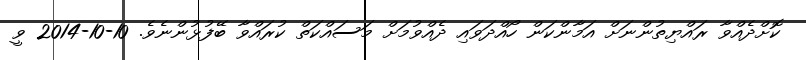
ކޮށްދެއްވާ ރައްޔިތުންނަށް އަމާންކަން ހޯއްދަވައި ދެއްވުމަށް މަސައްކަތް ކުރައްވާ ބޭފުޅުންނެވެ. 10-10-2014 ވީ